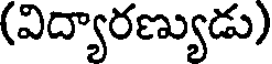
(విద్యారణ్యుడు)